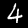
Label: 4